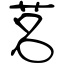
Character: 茗